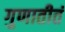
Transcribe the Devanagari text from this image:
गुणातीतं